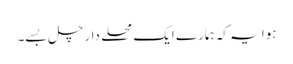
ہوا یہ کہ ہمارے ایک محلے دار چل بسے۔